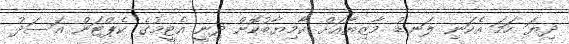
ދިޔަ ހަމަ އެކަނި ލަނޑު މާޒިޔާއަށް ކާމިޔާބުކޮށް ދިނީ އެޓީމުގެ ކެޕްޓަން އަސަދު